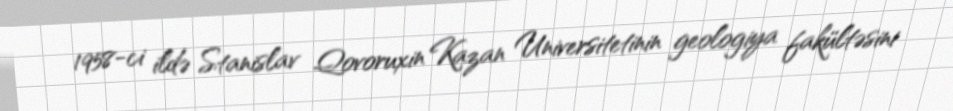
1958-ci ildə Stanislav Qovoruxin Kazan Universitetinin geologiya fakültəsini